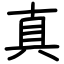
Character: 真